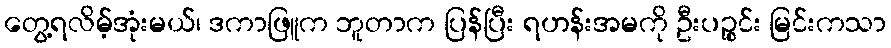
တွေ့ရလိမ့်အုံးမယ်၊ ဒကာဖြူက ဘူတာက ပြန်ပြီး ရဟန်းအမကို ဦးပဉ္စင်း မြင်းကသာ